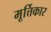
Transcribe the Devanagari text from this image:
मूर्त्तिकार